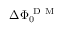
\Delta \Phi _ { 0 } ^ { \mathrm { ~ D ~ M ~ } }